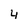
Character: 4